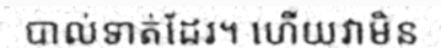
បាល់ទាត់ដែរ។ ហើយវាមិន